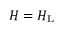
H = H _ { \mathrm { L } }